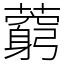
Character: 藭